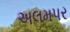
અલમપર